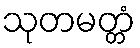
သုတမတ္တံ